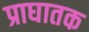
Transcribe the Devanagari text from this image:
प्राघातक